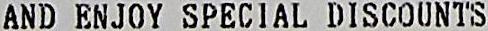
AND ENJOY SPECIAL DISCOUNTS